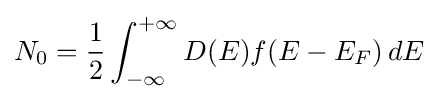
N_{0}={\frac {1}{2}}\int _{-\infty }^{+\infty }D(E)f(E-E_{F})\,dE